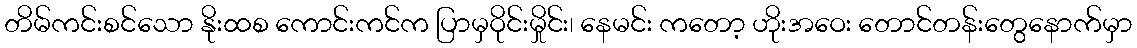
တိမ်ကင်းစင်သော နိုးထစ ကောင်းကင်က ပြာမှဝိုင်းမှိုင်း၊ နေမင်း ကတော့ ဟိုးအဝေး တောင်တန်းတွေနောက်မှာ